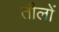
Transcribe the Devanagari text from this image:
तौलों